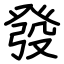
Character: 發